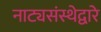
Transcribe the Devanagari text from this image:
नाट्यसंस्थेद्वारे